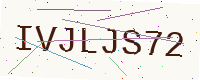
Text: IVJLJS72